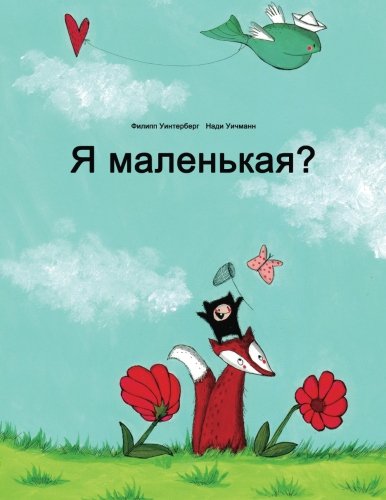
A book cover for Ya malen'kaya?: Rasskaz v kartinkakh Philipp Winterberg i Nadja Wichmann (Russian Edition); Philipp Winterberg; Children's Books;